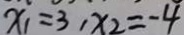
x _ { 1 } = 3 , x _ { 2 } = - 4